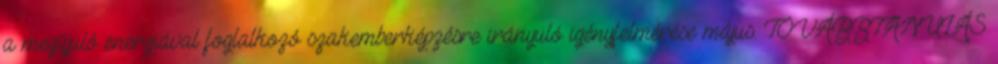
a megújuló energiával foglalkozó szakemberképzésre irányuló igényfelmérése május. TOVÁBBTANULÁS